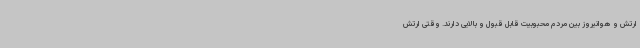
ارتش و هوانیروز بین مردم محبوبیت قابل قبول و بالایی دارند. وقتی ارتش